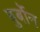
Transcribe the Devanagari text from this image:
बुर्बोन